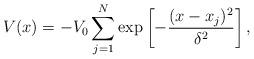
LaTeX: \begin{align*} V(x) = -V_0\sum_{j=1}^{N_{}} \exp\left[ -\frac{(x - x_j)^2}{\delta^2} \right], \end{align*}